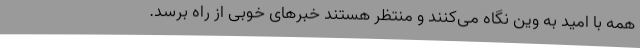
همه با امید به وین نگاه می‌کنند و منتظر هستند خبرهای خوبی از راه برسد.